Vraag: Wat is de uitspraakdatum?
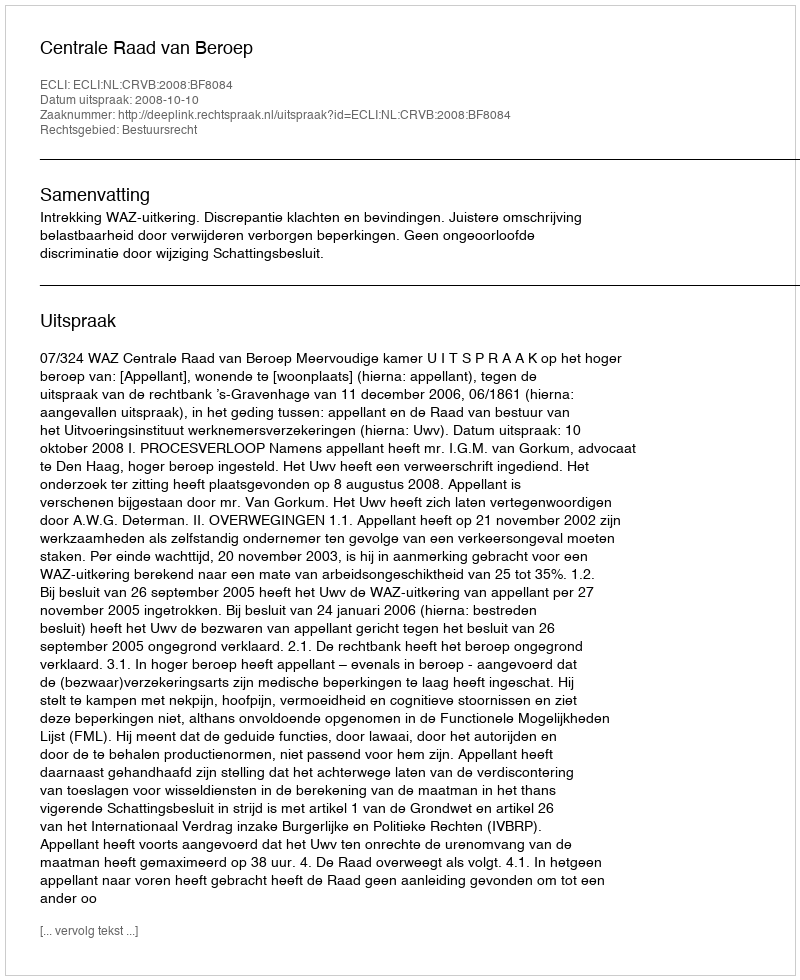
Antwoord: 2008-10-10